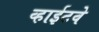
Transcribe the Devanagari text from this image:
व्हाईटवे